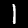
Digit: 1